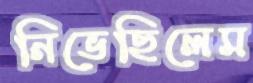
নিভেছিলেম